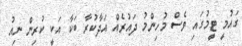
ގައުމީ ޓީމުގައި ވެސް މުހިންމު ދައުރެއް އަދާކުރާ ބަކާ އަކީ ކުރިން ނިއު